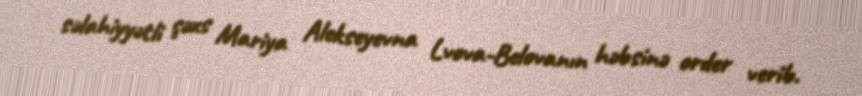
səlahiyyətli şəxs Mariya Alekseyevna Lvova-Belovanın həbsinə order verib.